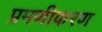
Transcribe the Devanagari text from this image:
प्रमणीकरण